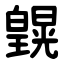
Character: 皩